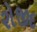
રોજીદ